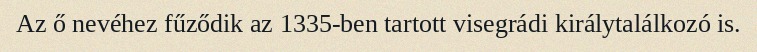
Az ő nevéhez fűződik az 1335-ben tartott visegrádi királytalálkozó is.